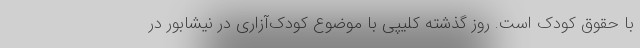
با حقوق کودک است. روز گذشته کلیپی با موضوع کودک‌آزاری در نیشابور در